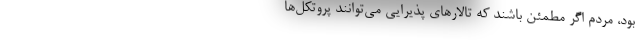
بود، مردم اگر مطمئن باشند که تالارهای پذیرایی می‌توانند پروتکل‌ها